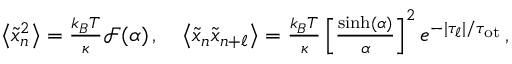
\begin{array} { r } { \left\langle \tilde { x } _ { n } ^ { 2 } \right\rangle = \frac { k _ { B } T } { \kappa } \mathcal { F } ( \alpha ) \, , \quad \left\langle \tilde { x } _ { n } \tilde { x } _ { n + \ell } \right\rangle = \frac { k _ { B } T } { \kappa } \left[ \frac { \sinh ( \alpha ) } { \alpha } \right] ^ { 2 } e ^ { - | \tau _ { \ell } | / \tau _ { \mathrm { o t } } } \, , } \end{array}